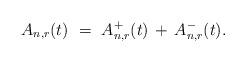
LaTeX: \begin{align*}A_{n,r}(t) \ = \ A^+_{n,r}(t) \, + \, A^-_{n,r}(t).\end{align*}